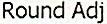
ROUND ADJ